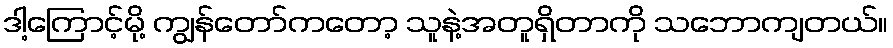
ဒါ့ကြောင့်မို့ ကျွန်တော်ကတော့ သူနဲ့အတူရှိတာကို သဘောကျတယ်။